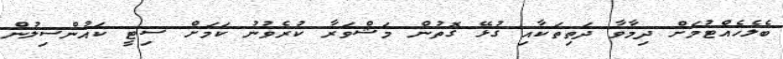
ބެލެހެއްޓުމަށް ދިމާވާ ދަތިތަކާއި ގުޅޭ ގޮތުން މަޝްވަރާ ކުރެވުނު ކަމަށް ސިޓީ ކައުންސިލުން